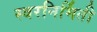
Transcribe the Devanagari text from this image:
स्वरनिर्मिती